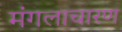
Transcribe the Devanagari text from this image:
मंगलाचारण